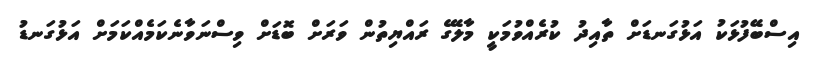
އިސްބޭފުޅަކު އަޅުގަނޑަށް ތާއިދު ކުރެއްވުމަކީ މާލޭގެ ރައްޔިތުން ވަރަށް ބޮޑަށް ވިސްނަވާނެކަމެއްކަމަށް އަޅުގަނޑު